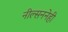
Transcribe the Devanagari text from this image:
नील्सननेही